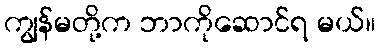
ကျွန်မတို့က ဘာကိုဆောင်ရ မယ်။